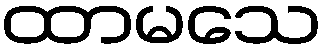
ထာမသေ